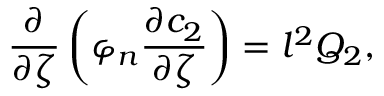
\frac { \partial } { \partial \zeta } \left( \varphi _ { n } \frac { \partial c _ { 2 } } { \partial \zeta } \right) = l ^ { 2 } Q _ { 2 } ,